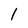
Character: l